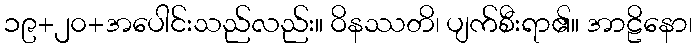
၁၉+၂၀+အပေါင်းသည်လည်း။ ဝိနဿတိ၊ ပျက်စီးရာ၏။ အာဠိနော၊